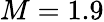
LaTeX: M=1.9